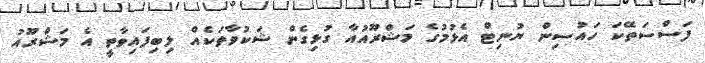
ފަސްސަތޭކަ ހައުސިން ޔުނިޓް އެޅުމުގެ މަޝްރޫއުއާ ގުޅިގެން ޝަކުވާތަކެއް ލިބިފައިވާތީ އެ މަޝްރޫއު